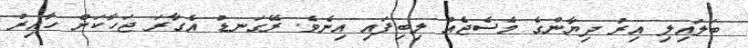
ބަލައިލި އިރު ދިޔާންގެ މެސެޖެއް ލިބިފައި އިނެވެ. ރޭގަނޑު އެގާރަ ޖަހާކަށް ހާއިރު